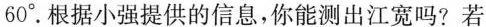
60^{\circ} .根据小强提供的信息，你能测出江宽吗？